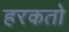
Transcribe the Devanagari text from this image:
हरकतो